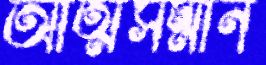
আত্মসম্মান